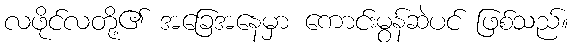
လဖိုင်လတို့၏ အခြေအနေမှာ ကောင်းမွန်ဆဲပင် ဖြစ်သည်။